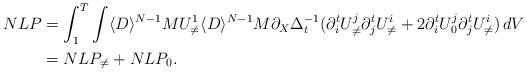
LaTeX: \begin{align*}NLP & = \int_1^T \int \langle D \rangle^{N-1} M U_{\neq}^1 \langle D \rangle^{N-1} M \partial_X \Delta_t^{-1} (\partial_i^t U^j_{\neq} \partial_j^t U^i_{\neq} + 2 \partial_i^t U^j_{0} \partial_j^t U^i_{\neq}) \,dV \\& = NLP_{\neq} + NLP_0.\end{align*}